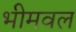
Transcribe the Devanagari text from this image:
भीमवल